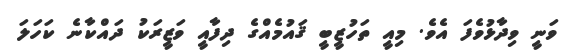
ވަނީ ވިދާޅުވެފަ އެވެ. މިއީ ތަހުޒީބީ ޤައުމެއްގެ ދިފާއީ ވަޒީރަކު ދައްކާނެ ކަހަލަ